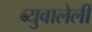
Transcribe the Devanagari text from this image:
ब्युवालेली